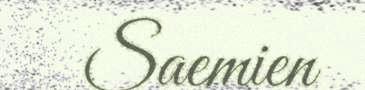
Saemien